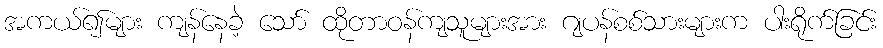
အကယ်၍များ ကျန်နေခဲ့ သော် ထိုတာဝန်ကျသူများအား ဂျပန်စစ်သားများက ပါးရိုက်ခြင်း